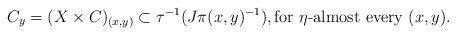
LaTeX: \begin{align*}C_y = (X \times C)_{(x,y)} \subset \tau^{-1}(J\pi(x,y)^{-1}), \textrm{for $\eta$-almost every $(x,y)$}.\end{align*}